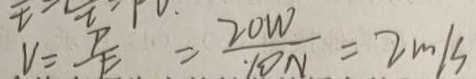
V = \frac { P } { E } = \frac { 2 0 W } { 1 0 N } = 2 m / s